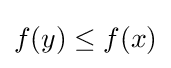
f(y)\leq f(x)